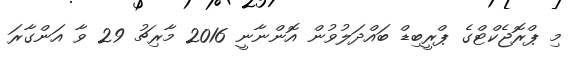
މި ޕްރޮޖެކްޓްގެ ޕްރީބިޑް ބައްދަލުވުން އޮންނާނީ 2016 މާރިޗު 29 ވާ އަންގާރަ